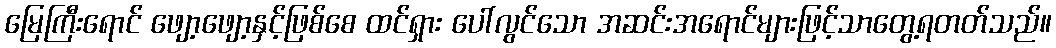
မြေကြီးရောင် ဖျော့ဖျော့နှင့်ဖြစ်စေ ထင်ရှား ပေါ်လွင်သော အဆင်းအရောင်များဖြင့်သာတွေ့ရတတ်သည်။